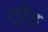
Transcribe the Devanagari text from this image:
तूरेह